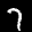
Label: 7